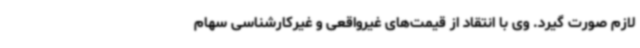
لازم صورت گیرد. وی با انتقاد از قیمت‌های غیرواقعی و غیرکارشناسی سهام